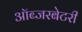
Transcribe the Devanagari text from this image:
ऑब्‍जरबेटरी